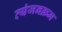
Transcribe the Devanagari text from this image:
व्यंजनक्रम